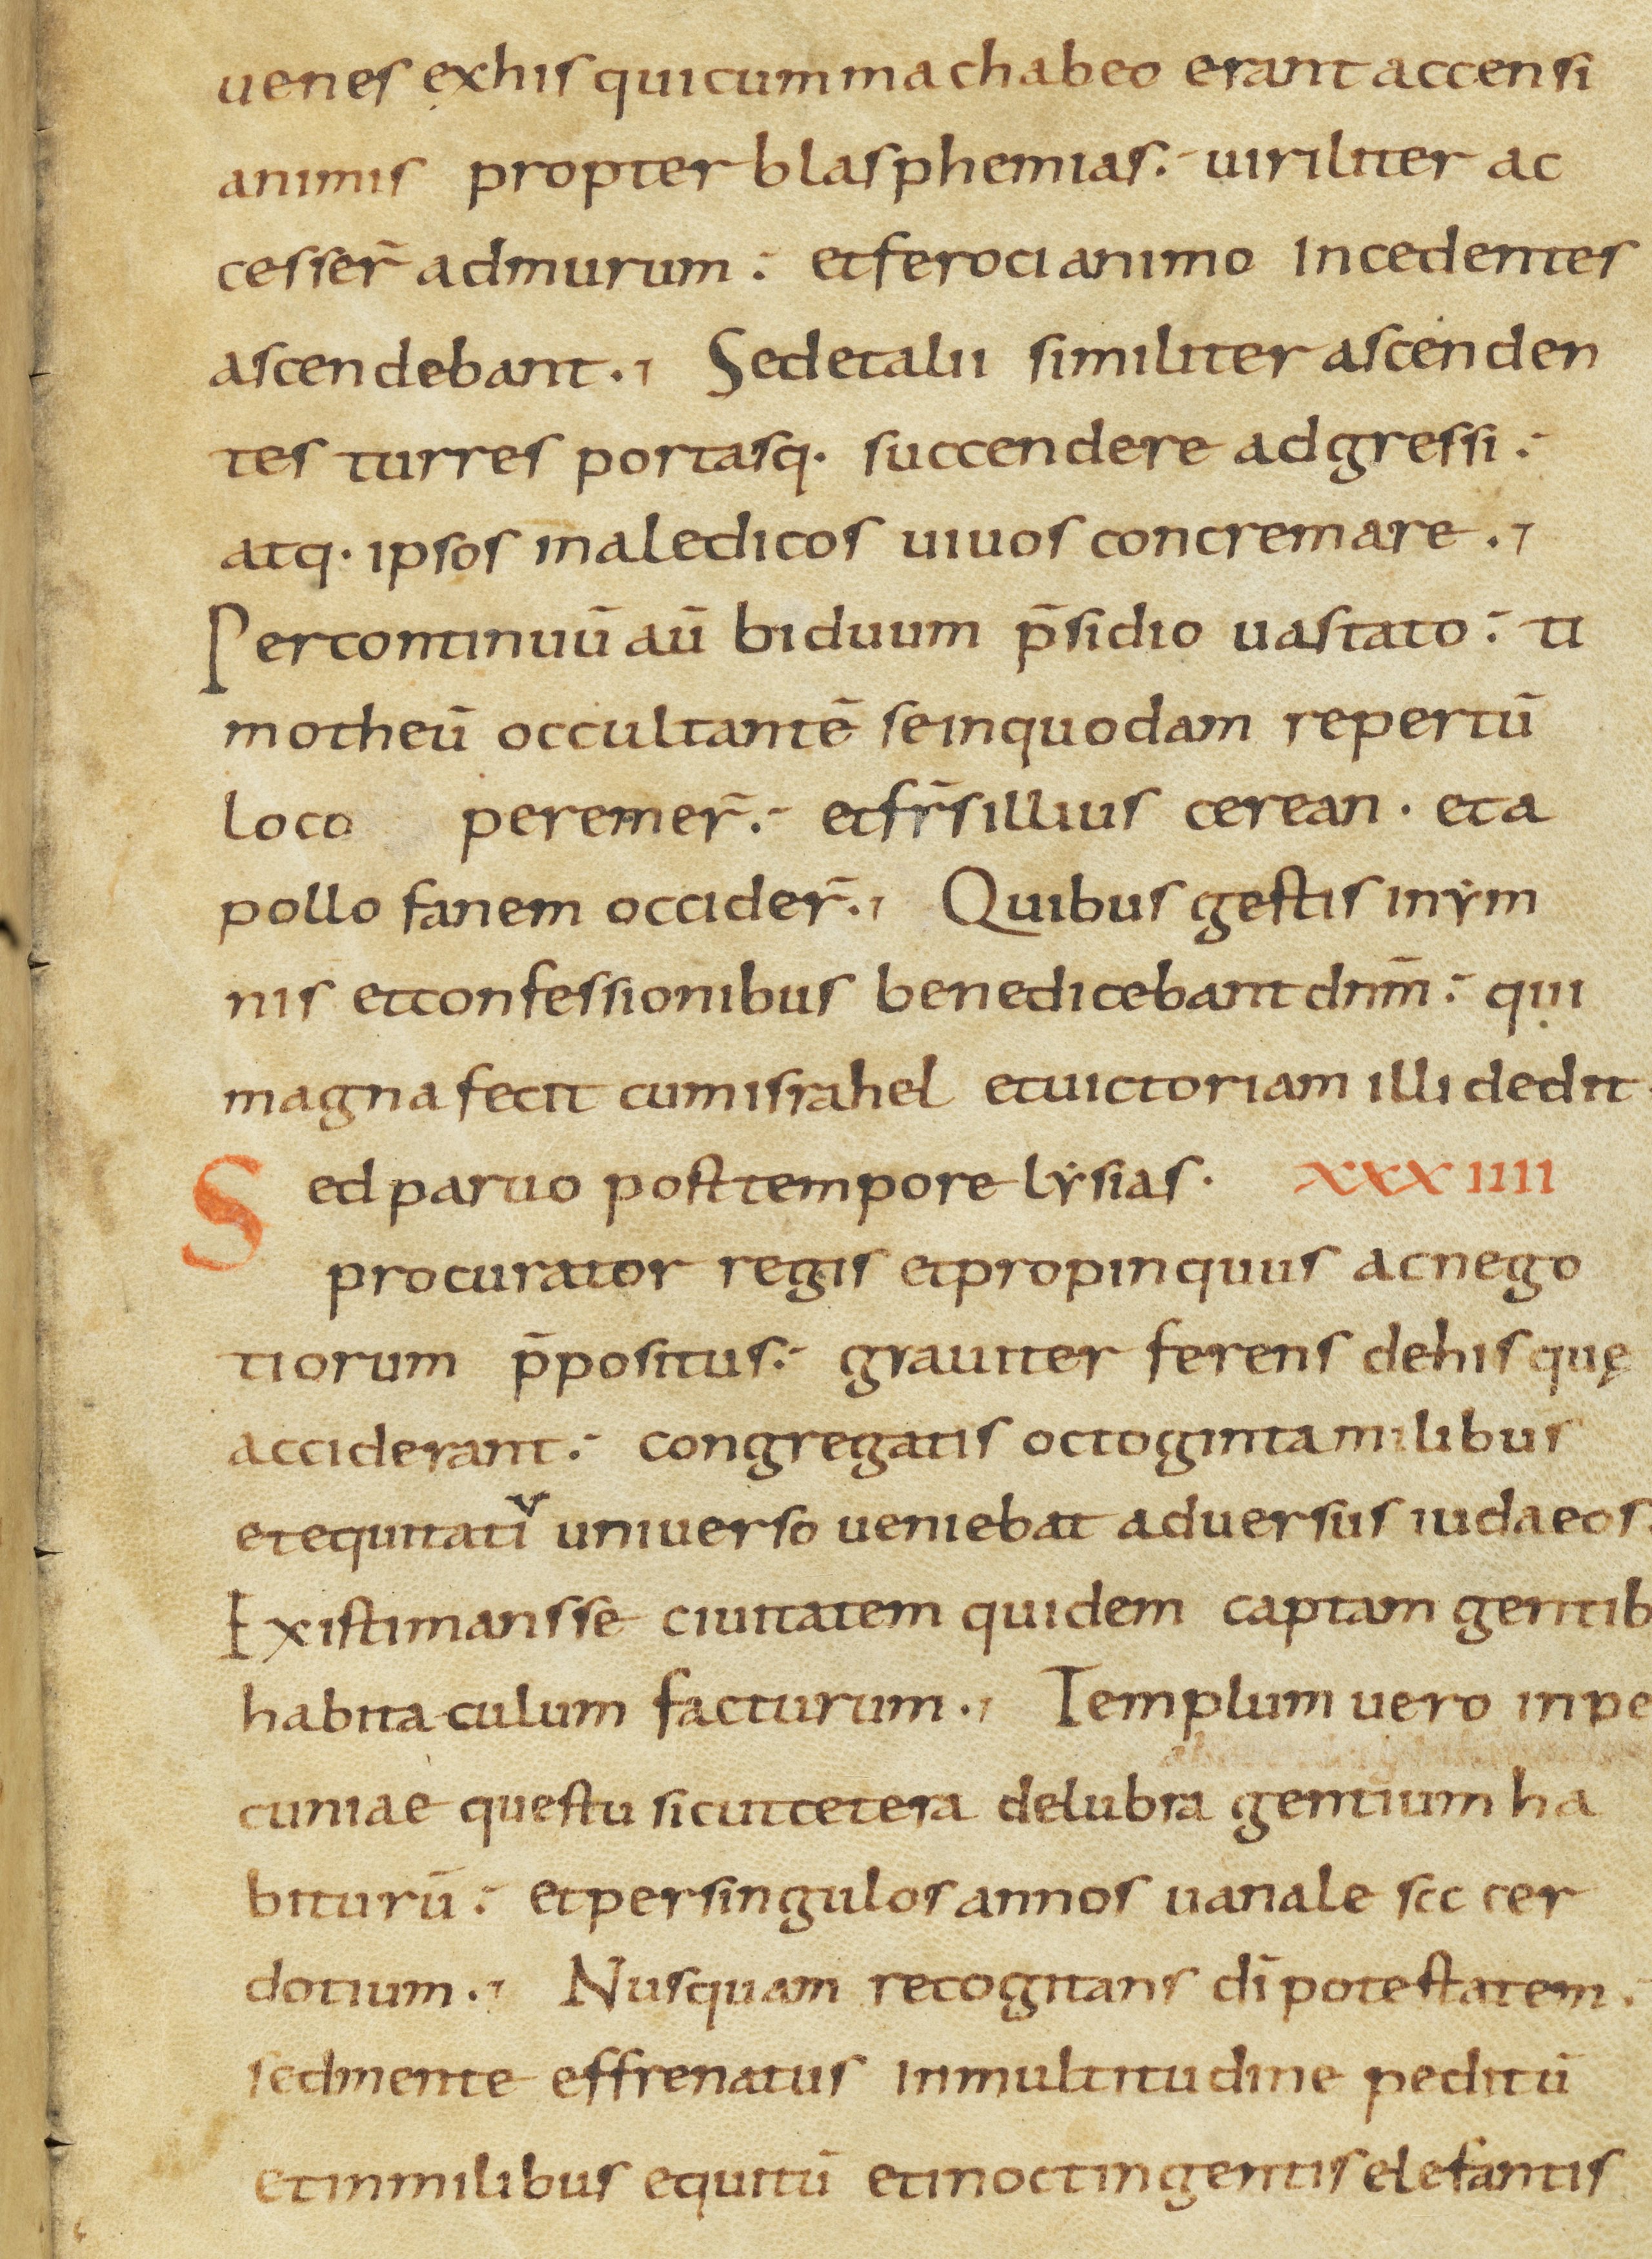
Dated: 800–899